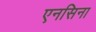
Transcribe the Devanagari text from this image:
एनसिना